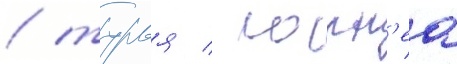
/ турья / локн'еа